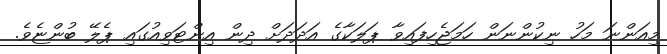
މިއަންނަ މަހު ނިކުންނަން ހަމަޖެހިފައިވާ ޕަލަކާގެ އަދަދަށް ދިން އިންޓަވިއުގައި ޕެލޭ ބުންޏެވެ.